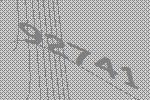
92741